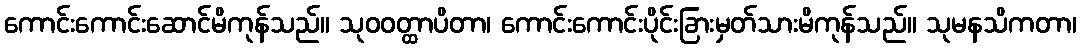
ကောင်းကောင်းဆောင်မိကုန်သည်။ သုဝဝတ္ထာပိတာ၊ ကောင်းကောင်းပိုင်းခြားမှတ်သားမိကုန်သည်။ သုမနသိကတာ၊